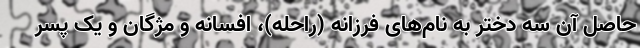
حاصل آن سه دختر به نام‌های فرزانه (راحله)، افسانه و مژگان و یک پسر